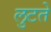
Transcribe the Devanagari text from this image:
लुटते